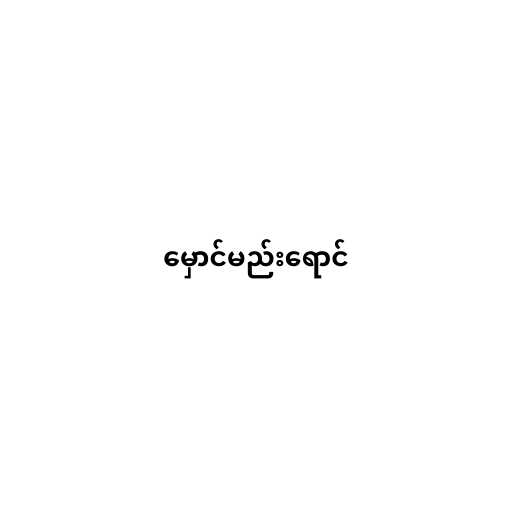
မှောင်မည်းရောင်